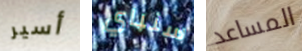
أسير سنباي المساعد